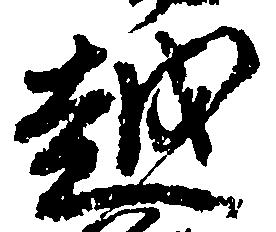
越